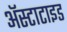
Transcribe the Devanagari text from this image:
अॅस्टाटाइड